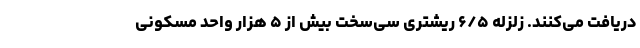
دریافت می‌کنند. زلزله‌ ۶/۵ ریشتری سی‌سخت بیش از ۵ هزار واحد مسکونی